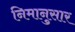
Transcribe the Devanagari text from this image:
निमानुसार